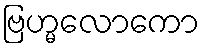
ဗြဟ္မလောကော